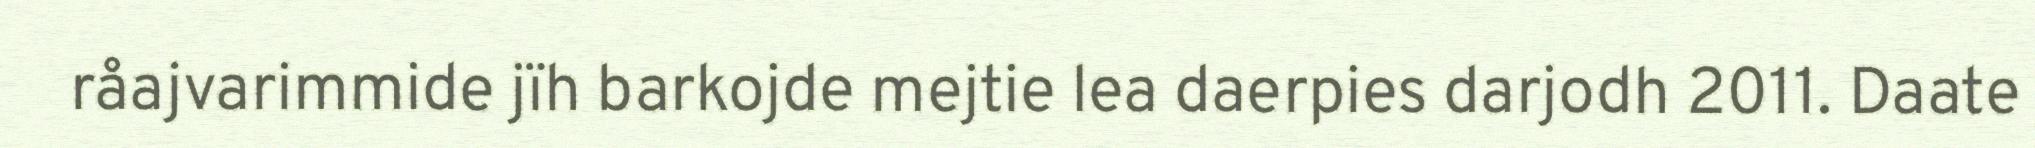
råajvarimmide jïh barkojde mejtie lea daerpies darjodh 2011. Daate